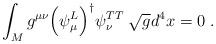
LaTeX: \begin{align*}\int_{M}g^{\mu \nu} \Bigr(\psi_{\mu}^{L}\Bigr)^{\dagger}\psi_{\nu}^{TT} \; \sqrt{g} d^{4}x=0 \; .\end{align*}